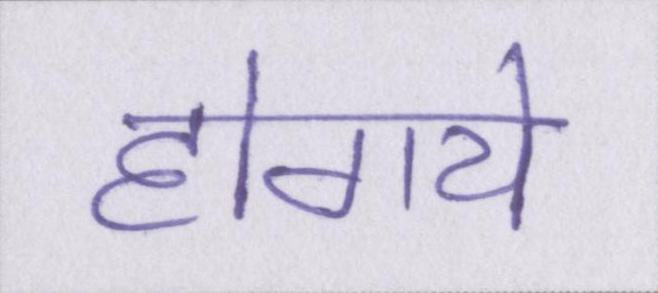
होगये